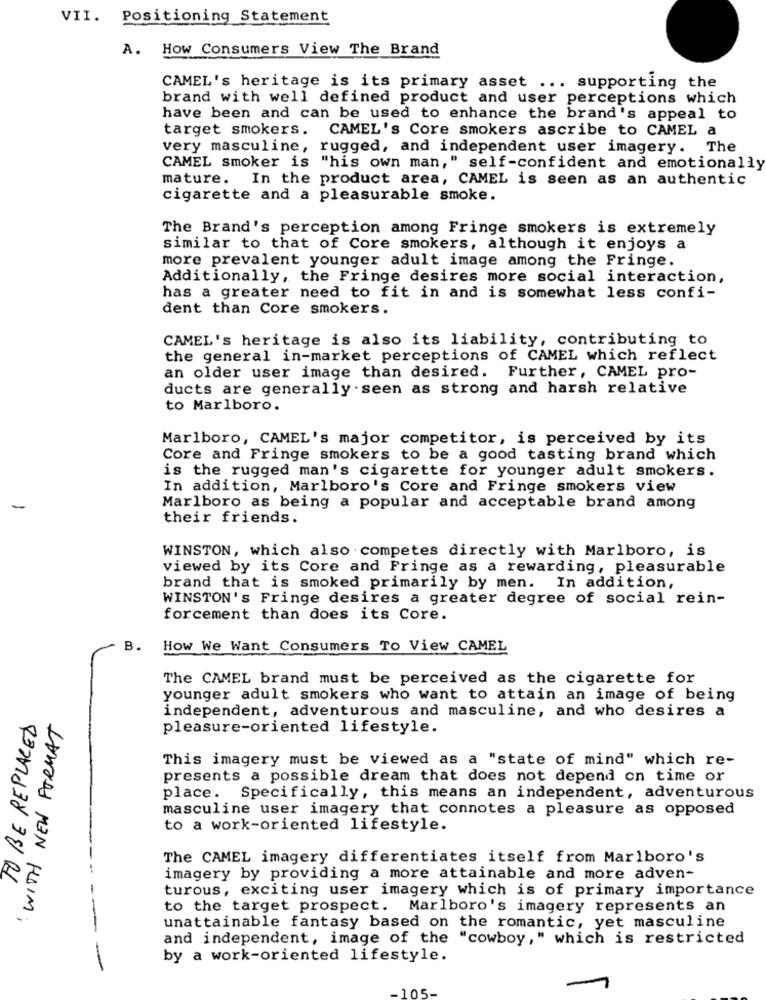
VII. Positioning Statement
A. How Consumers View The Brand
CAMEL's heritage is its primary asset ... supporting the
brand with well defined product and user perceptions which
have been and can be used to enhance the brand's appeal to
target smokers.
CAMEL's Core smokers ascribe to CAMEL a
very masculine, rugged, and independent user imagery. The
CAMEL smoker is "his own man," self-confident and emotionally
mature.
In the product area, CAMEL is seen as an authentic
cigarette and a pleasurable smoke.
The Brand's perception among Fringe smokers is extremely
similar to that of Core smokers, although it enjoys a
more prevalent younger adult image among the Fringe.
Additionally, the Fringe desires more social interaction,
has a greater need to fit in and is somewhat less confi-
dent than Core smokers.
CAMEL's heritage is also its liability, contributing to
the general in-market perceptions of CAMEL which reflect
an older user image than desired. Further, CAMEL pro-
ducts are generally seen as strong and harsh relative
to Marlboro.
Marlboro, CAMEL's major competitor, is perceived by its
Core and Fringe smokers to be a good tasting brand which
is the rugged man's cigarette for younger adult smokers.
In addition, Marlboro's Core and Fringe smokers view
-
Marlboro as being a popular and acceptable brand among
their friends.
WINSTON, which also competes directly with Marlboro, is
viewed by its Core and Fringe as a rewarding, pleasurable
brand that is smoked primarily by men. In addition,
WINSTON's Fringe desires a greater degree of social rein-
forcement than does its Core.
B.
How We Want Consumers To View CAMEL
The CAMEL brand must be perceived as the cigarette for
younger adult smokers who want to attain an image of being
independent, adventurous and masculine, and who desires a
TO BE REPLACED
WITH NEW FORMAT
pleasure-oriented lifestyle.
This imagery must be viewed as a "state of mind" which re-
presents a possible dream that does not depend on time or
place. Specifically, this means an independent, adventurous
masculine user imagery that connotes a pleasure as opposed
to a work-oriented lifestyle.
The CAMEL imagery differentiates itself from Marlboro's
imagery by providing a more attainable and more adven-
turous, exciting user imagery which is of primary importance
to the target prospect. Marlboro's imagery represents an
unattainable fantasy based on the romantic, yet masculine
and independent, image of the "cowboy," which is restricted
by a work-oriented lifestyle.
-
-105-